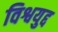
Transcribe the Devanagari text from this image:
विश्वयुद्द